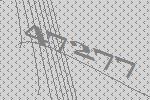
47277